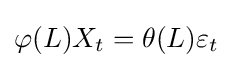
\varphi (L)X_{t}=\theta (L)\varepsilon _{t}